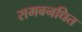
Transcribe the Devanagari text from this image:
समबनधित